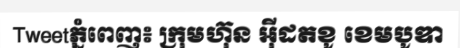
Tweetភ្នំពេញ៖ ក្រុមហ៊ុន អ៊ីដតខូ ខេមបូឌា